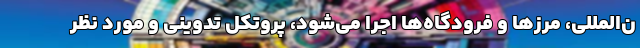
ن‌المللی، مرزها و فرودگاه‌ها اجرا می‌شود، پروتکل تدوینی و مورد نظر